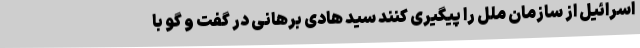
اسرائیل از سازمان ملل را پیگیری کنند سید هادی برهانی در گفت و گو با